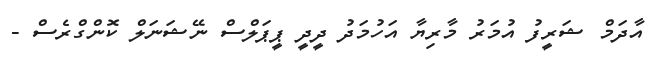
އާދަމް ޝަރީފު އުމަރު މާރިޔާ އަހުމަދު ދީދީ ޕީޕަލްސް ނޭޝަނަލް ކޮންގްރެސް -